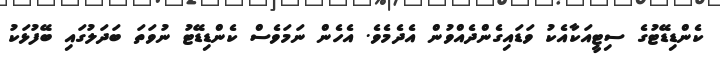
ކެންޑިޑޭޓުގެ ސިޓީއަކާއެކު ވަޑައިގެންދެއްވުން އެދެމެވެ. އެހެން ނަމަވެސް ކެންޑިޑޭޓު ނުވަތަ ބަދަލުގައި ބޭފުޅަކު